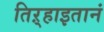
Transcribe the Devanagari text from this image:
तिऱ्हाइतानं